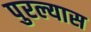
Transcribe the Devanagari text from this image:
पुरल्यास